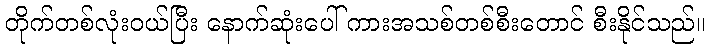
တိုက်တစ်လုံးဝယ်ပြီး နောက်ဆုံးပေါ် ကားအသစ်တစ်စီးတောင် စီးနိုင်သည်။